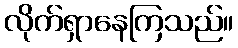
လိုက်ရှာနေကြသည်။